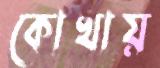
কোখায়